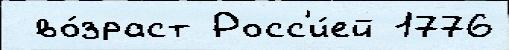
 во́зраст Росс'и́ей 1776